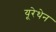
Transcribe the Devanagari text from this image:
यूरेथेन